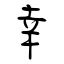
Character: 幸